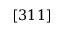
[ 3 1 1 ]